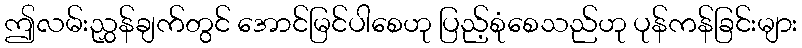
ဤလမ်းညွှန်ချက်တွင် အောင်မြင်ပါစေဟု ပြည့်စုံစေသည်ဟု ပုန်ကန်ခြင်းများ